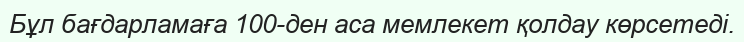
Бұл бағдарламаға 100-ден аса мемлекет қолдау көрсетеді.